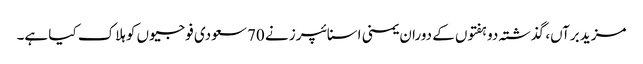
مزید برآں، گذشتہ دو ہفتوں کے دوران یمنی اسنائپرز نے 70 سعودی فوجیوں کو ہلاک کیا ہے۔